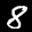
Label: 8